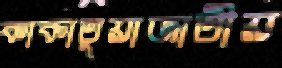
কাকাতুয়াজাতীয়